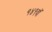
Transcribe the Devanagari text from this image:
१४९वॉ